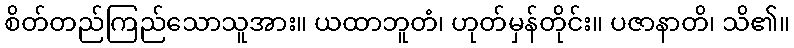
စိတ်တည်ကြည်သောသူအား။ ယထာဘူတံ၊ ဟုတ်မှန်တိုင်း။ ပဇာနာတိ၊ သိ၏။